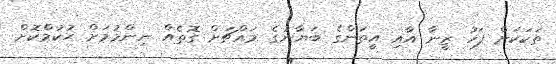
ތަކަކަށް ފަހު ޒީނާ އާއި އީތަންގެ ބަޔާނުގެ މައްޗަށް ގޮތެއް ނިންމުމަށް ޙުކުމްކޮށް